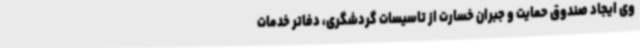
وی ایجاد صندوق حمایت و جبران خسارت از تاسیسات گردشگری، دفاتر خدمات